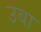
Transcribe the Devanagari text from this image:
उबा